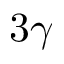
3 \gamma